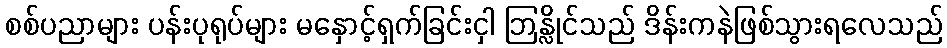
စစ်ပညာများ ပန်းပုရုပ်များ မနှောင့်ရှက်ခြင်းငှါ ဘြန္လိုင်သည် ဒိန်းကနဲဖြစ်သွားရလေသည်